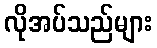
လိုအပ်သည်များ